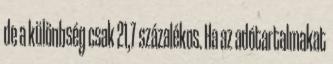
de a különbség csak 21,7 százalékos. Ha az adótartalmakat